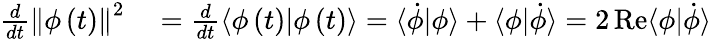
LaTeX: \begin{array}{rl}{\frac{d}{dt}\left\Vert\phi\left(t\right)\right\Vert^{2}}&{{}=\frac{d}{dt}\langle\phi\left(t\right)|\phi\left(t\right)\rangle=\langle\dot{\phi}|\phi\rangle+\langle\phi|\dot{\phi}\rangle=2\operatorname{Re}\langle\phi|\dot{\phi}\rangle}\end{array}